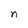
Character: n